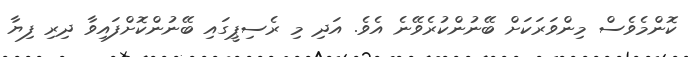
ކޮންމެވެސް މިންވަރަކަށް ބޭނުންކުރެވޭނެ އެވެ. އަދި މި ރެސިޕީގައި ބޭނުންކޮށްފައިވާ ދިރި ފިޔާ